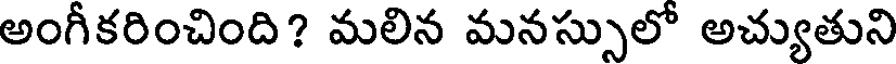
అంగీకరించింది? మలిన మనస్సులో అచ్యుతుని